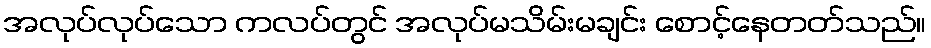
အလုပ်လုပ်သော ကလပ်တွင် အလုပ်မသိမ်းမချင်း စောင့်နေတတ်သည်။